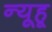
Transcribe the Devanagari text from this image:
न्यूहू